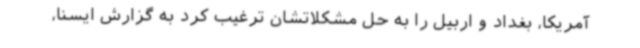
آمریکا، بغداد و اربیل را به حل مشکلاتشان ترغیب کرد به گزارش ایسنا،